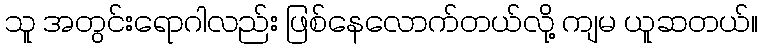
သူ အတွင်းရောဂါလည်း ဖြစ်နေလောက်တယ်လို့ ကျမ ယူဆတယ်။